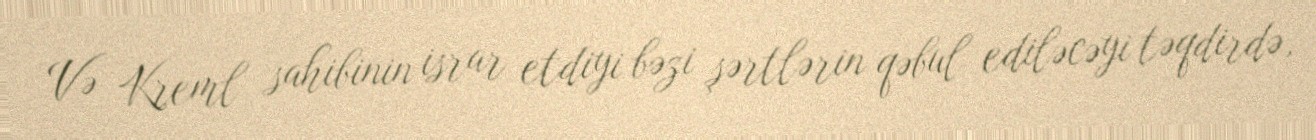
Və Kreml sahibinin israr etdiyi bəzi şərtlərin qəbul ediləcəyi təqdirdə,